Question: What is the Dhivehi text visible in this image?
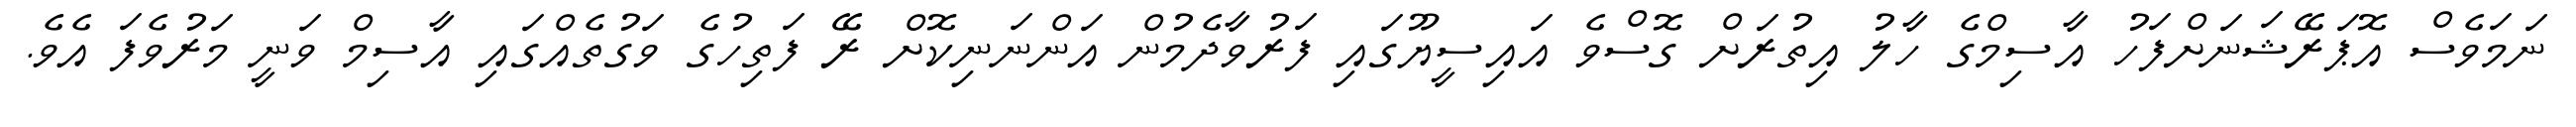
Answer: ނަމަވެސް އޮޕަރޭޝަނަށްފަހު އާސިމްގެ ހާލު އިތުރަށް ގޮސްވެ އައިސީޔޫގައި ފަރުވާދެމުން އަންނަނިކޮށް ރޭ ފަތިހުގެ ވަގުތެއްގައި އާސިމް ވަނީ މަރުވެފަ އެވެ.